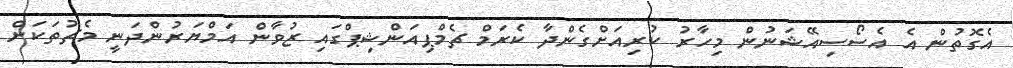
އެގޮތުން އެ އެސޯސިއޭޝަނުން މިހާރު ކުރިއަށްގެންދާ ކެރަމް ޗެމްޕިއަންޝިޕްގައި ޒުވާން އަމްޔަރުންދަނީ މެޗުތަކަށް